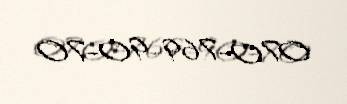
070-769-90-70